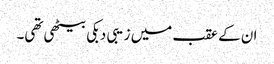
ان کے عقب میں زیبی دبکی بیٹھی تھی۔